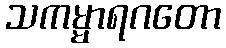
သကမ္မာရဂတော